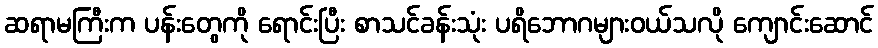
ဆရာမကြီးက ပန်းတွေကို ရောင်းပြီး စာသင်ခန်းသုံး ပရိဘောဂများဝယ်သလို ကျောင်းဆောင်